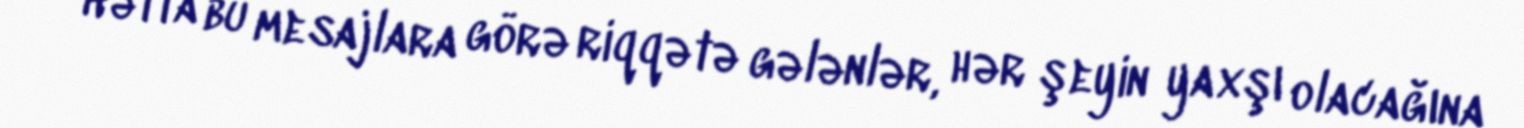
Hətta bu mesajlara görə riqqətə gələnlər, hər şeyin yaxşı olacağına